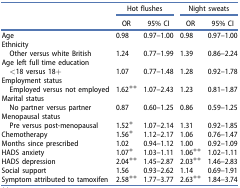
|  | <COLSPAN=2> Hot flushes | <COLSPAN=2> Night sweats |
 |  | OR | 95% CI | OR | 95% CI |
 | --- | --- | --- | --- | --- |
 | Age | 0.98 | 0.97–1.00 | 0.98 | 0.97–1.00 |
 | Ethnicity |  |  |  |  |
 | Other versus white British | 1.24 | 0.77–1.99 | 1.39 | 0.86–2.24 |
 | Age left full time education |  |  |  |  |
 | <18 versus 18+ | 1.07 | 0.77–1.48 | 1.28 | 0.92–1.78 |
 | Employment status |  |  |  |  |
 | Employed versus not employed | 1.62** | 1.07–2.43 | 1.23 | 0.81–1.87 |
 | Marital status |  |  |  |  |
 | No partner versus partner | 0.87 | 0.60–1.25 | 0.86 | 0.59–1.25 |
 | Menopausal status |  |  |  |  |
 | Pre versus post-menopausal | 1.52* | 1.07–2.14 | 1.31 | 0.92–1.85 |
 | Chemotherapy | 1.56* | 1.12–2.17 | 1.06 | 0.76–1.47 |
 | Months since prescribed | 1.02 | 0.94–1.12 | 1.00 | 0.92–1.09 |
 | HADS anxiety | 1.07* | 1.03–1.11 | 1.06** | 1.02–1.11 |
 | HADS depression | 2.04** | 1.45–2.87 | 2.03** | 1.46–2.83 |
 | Social support | 1.56 | 0.93–2.62 | 1.14 | 0.69–1.91 |
 | Symptom attributed to tamoxifen | 2.58** | 1.77–3.77 | 2.63** | 1.84–3.74 |